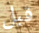
قبل